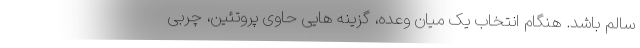
سالم باشد. هنگام انتخاب یک میان وعده، گزینه هایی حاوی پروتئین، چربی